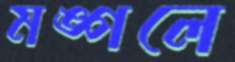
মঙ্গলে